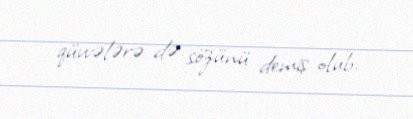
qüvvələrə də sözünü demiş olub.